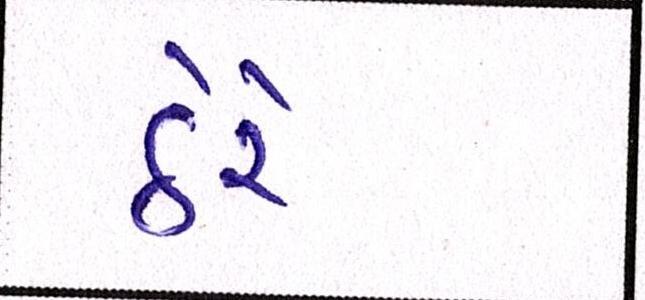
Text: ઠેરે